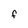
Character: f